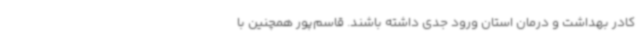
کادر بهداشت و درمان استان ورود جدی داشته باشند. قاسم‌پور همچنین با